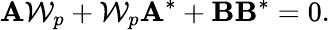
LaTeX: \mathbf{A}\mathcal{W}_{p}+\mathcal{W}_{p}\mathbf{A}^{*}+\mathbf{B}\mathbf{B}^{*}=0.